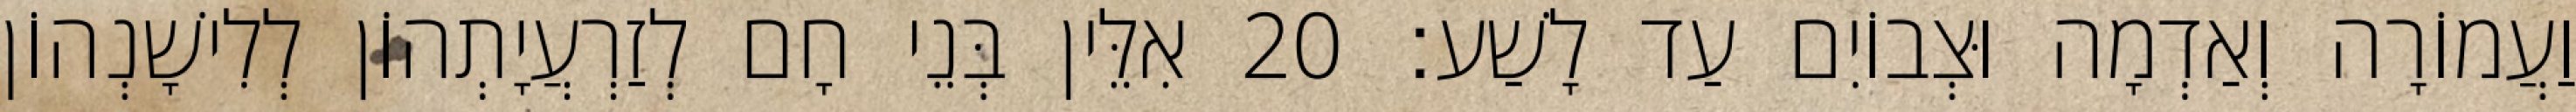
וַעֲמוֹרָה וְאַדְמָה וּצְבוֹיִם עַד לָשַׁע׃ 20 אִלֵּין בְּנֵי חָם לְזַרְעֲיָתְהוֹן לְלִישָׁנְהוֹן